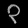
Digit: ၃